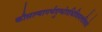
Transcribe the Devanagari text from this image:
कौसल्यागर्भदुग्धोदधिविमलविधो